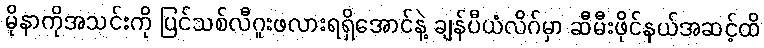
မိုနာကိုအသင်းကို ပြင်သစ်လီဂူးဖလားရရှိအောင်နဲ့ ချန်ပီယံလိဂ်မှာ ဆီမီးဖိုင်နယ်အဆင့်ထိ